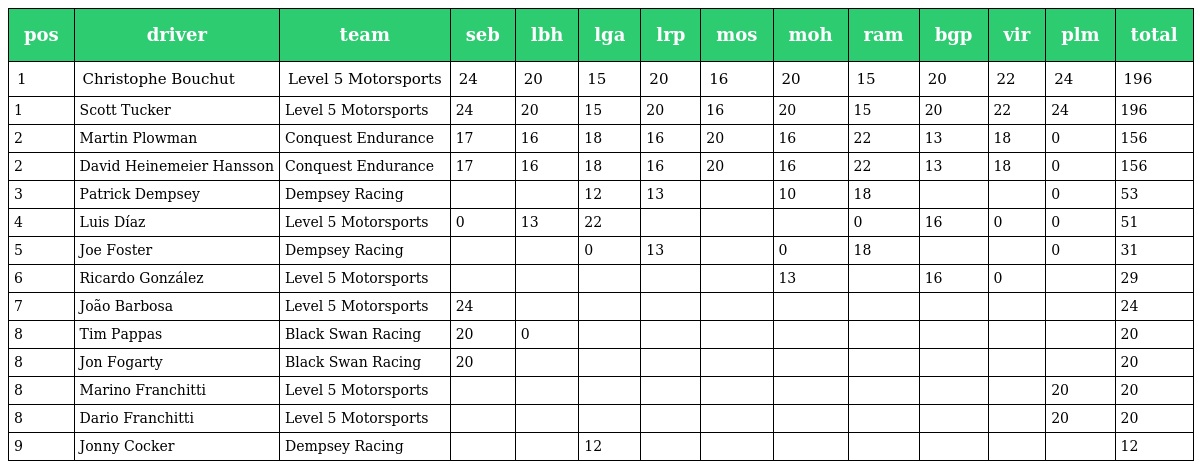
| pos | driver | team | seb | lbh | lga | lrp | mos | moh | ram | bgp | vir | plm | total |
 | --- | --- | --- | --- | --- | --- | --- | --- | --- | --- | --- | --- | --- | --- |
 | 1 | Christophe Bouchut | Level 5 Motorsports | 24 | 20 | 15 | 20 | 16 | 20 | 15 | 20 | 22 | 24 | 196 |
 | 1 | Scott Tucker | Level 5 Motorsports | 24 | 20 | 15 | 20 | 16 | 20 | 15 | 20 | 22 | 24 | 196 |
 | 2 | Martin Plowman | Conquest Endurance | 17 | 16 | 18 | 16 | 20 | 16 | 22 | 13 | 18 | 0 | 156 |
 | 2 | David Heinemeier Hansson | Conquest Endurance | 17 | 16 | 18 | 16 | 20 | 16 | 22 | 13 | 18 | 0 | 156 |
 | 3 | Patrick Dempsey | Dempsey Racing |  |  | 12 | 13 |  | 10 | 18 |  |  | 0 | 53 |
 | 4 | Luis Díaz | Level 5 Motorsports | 0 | 13 | 22 |  |  |  | 0 | 16 | 0 | 0 | 51 |
 | 5 | Joe Foster | Dempsey Racing |  |  | 0 | 13 |  | 0 | 18 |  |  | 0 | 31 |
 | 6 | Ricardo González | Level 5 Motorsports |  |  |  |  |  | 13 |  | 16 | 0 |  | 29 |
 | 7 | João Barbosa | Level 5 Motorsports | 24 |  |  |  |  |  |  |  |  |  | 24 |
 | 8 | Tim Pappas | Black Swan Racing | 20 | 0 |  |  |  |  |  |  |  |  | 20 |
 | 8 | Jon Fogarty | Black Swan Racing | 20 |  |  |  |  |  |  |  |  |  | 20 |
 | 8 | Marino Franchitti | Level 5 Motorsports |  |  |  |  |  |  |  |  |  | 20 | 20 |
 | 8 | Dario Franchitti | Level 5 Motorsports |  |  |  |  |  |  |  |  |  | 20 | 20 |
 | 9 | Jonny Cocker | Dempsey Racing |  |  | 12 |  |  |  |  |  |  |  | 12 |